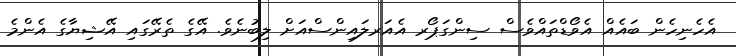
އެހެނިހެން ބައެއް އެވޯޑްތައްވެސް ސިންގަޕޯރ އެއަރލައިންސްއަށް ލިބުނެވެ. އޭގެ ތެރޭގައި އޭޝިޔާގެ އެންމެ